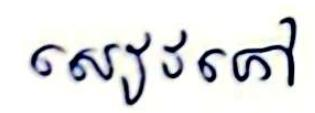
សៀវភៅ